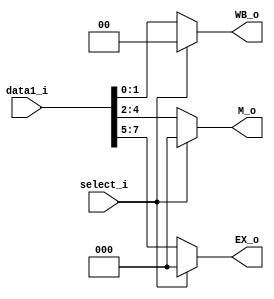
module MUX8
(
    data1_i,
    select_i,
    WB_o,
    M_o,
    EX_o
);

input	 [7:0]		data1_i;
input	    			select_i;
output [2:0]		EX_o;
output [2:0]    M_o;
output [1:0]    WB_o;

reg	 	 [2:0]		EX_o;
reg    [2:0]    M_o;
reg    [1:0]    WB_o;

always@(data1_i or select_i) begin

      if(select_i) begin  //HDU ==>stall
          EX_o  = 3'd0;
          M_o   = 3'd0;
          WB_o  = 2'd0;
      end

      else begin 
		      EX_o  = data1_i[7:5];
          M_o   = data1_i[4:2];
          WB_o  = data1_i[1:0];
      end
  end

endmodule